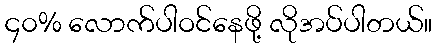
၄၀% လောက်ပါဝင်နေဖို့ လိုအပ်ပါတယ်။